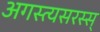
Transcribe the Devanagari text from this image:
अगस्त्यसरस्स्